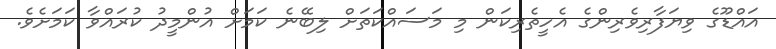
އައްޑޫގެ ވިޔަފާރިވެރިންގެ އެހީތެރިކަން މި މަސައްކަތަށް ލިބޭނެ ކަމަށް އުންމީދު ކުރައްވާ ކަމަށެވެ.